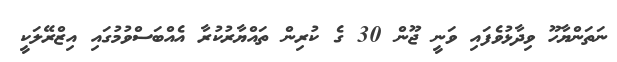
ނަތަންޔާހޫ ވިދާޅުވެފައި ވަނީ ޖޫން 30 ގެ ކުރިން ތައްޔާރުކުރާ އެއްބަސްވުމުގައި އިޒްރޭލަކީ